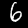
Digit: 6